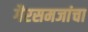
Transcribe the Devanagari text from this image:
गैरसमजांचा